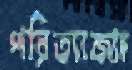
পরিত্যাজ্যা